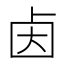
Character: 𰆃